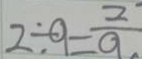
2 \div 9 = \frac { 2 } { 9 }